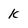
Character: k